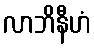
လာဘိနီဟံ